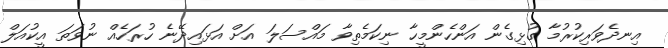
އިނދެވަރިކުރުމާ ގުޅިގެން އަންހެންމީހާ ނިކަމެތިވާ މައްސަލަ އަށް އަޅައިދޭނެ ހުރަހެއް ނުވަތަ އީކުއަލް